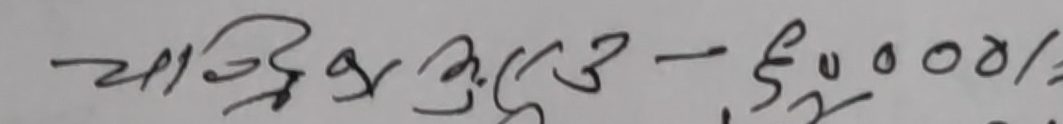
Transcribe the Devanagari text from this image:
चान्दिर चुरे ३ - रु ५००००/